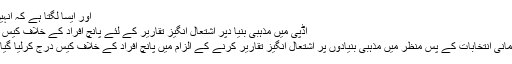
اور ایسا لگتا ہے کہ انہیں ...
اڈپی میں مذہبی بنیا دپر اشتعال انگیز تقاریر کے لئے پانچ افراد کے خلاف کیس درج
پارلیمانی انتخابات کے پس منظر میں مذہبی بنیادوں پر اشتعال انگیز تقاریر کرنے کے الزام میں پانچ افراد کے خلاف کیس درج کرلیا گیا ہے۔